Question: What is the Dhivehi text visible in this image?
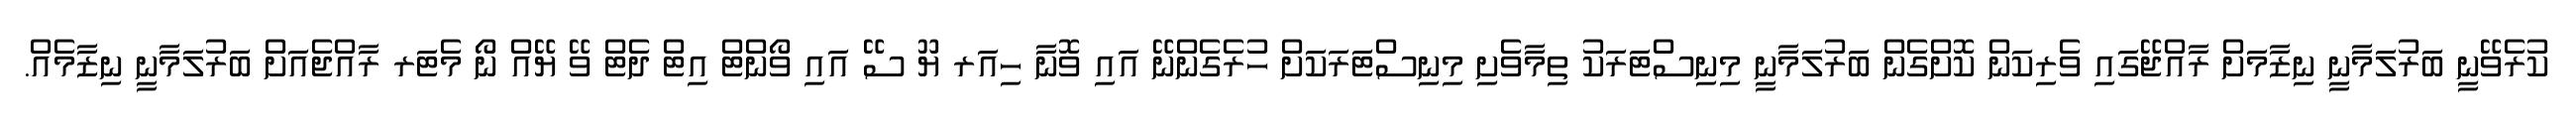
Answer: ކުރެވޭނީ ބަރުލަމާނީ ނިޒާމަށް ރާއްޖޭގައި ވެރިކަން ކޮށްގެން ބަރުލަމާނީ މިނިސްޓަރަކު ތިމާވެށި މިނިސްޓަރަކަށް ހުރެގެންނޭ އައި ވޮނާ ހިއަރ ޔޫ ސޭ އައި ވޯންޓް އިޓް ދެޓް ވޭ ޔޭއް ނޯ މެޓަރ ރާއްޖެއަށް ބަރުލަމާނީ ނިޒާމެއް.